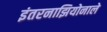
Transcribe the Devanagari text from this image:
इंतरनाझियोनाले